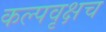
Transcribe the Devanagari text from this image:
कल्पवृक्षच